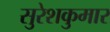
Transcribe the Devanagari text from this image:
सुरेशकुमार